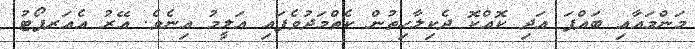
މަންމައާއި ބައްޕަ އަދި ކޮއްކޮ ދެކިލާހިތުން ކެތްމަދުވެފައި އަލީމު އިނެވެ. އޭރު އެއަރޕޯޓު